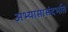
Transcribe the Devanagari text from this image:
अभ्यासासंदर्भात